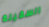
السفينة